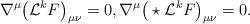
LaTeX: \begin{align*}\nabla^{\mu}\big(\mathcal{L}^{k}F\big)_{\mu\nu}=0,\nabla^{\mu}\big(\star \mathcal{L}^{k}F\big)_{\mu\nu}=0.\end{align*}